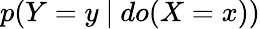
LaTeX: p(Y=y~\vert~do(X=x))